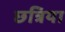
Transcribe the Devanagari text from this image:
छत्रिया